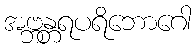
အဗ္ဘန္တရပရိဘောဂေါ